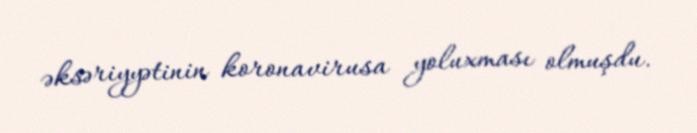
əksəriyyətinin koronavirusa yoluxması olmuşdu.